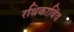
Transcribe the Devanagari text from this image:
रथिकाबिंव